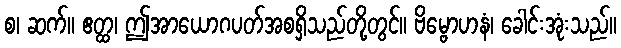
စ၊ ဆက်။ ဧတ္ထ၊ ဤအာယောဂပတ်အစရှိသည်တို့တွင်။ ဗိမ္ဗောဟနံ၊ ခေါင်းအုံးသည်။